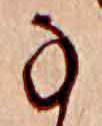
な